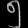
Digit: ၅